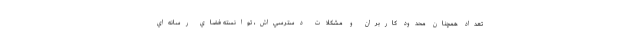
تعداد همچنان محدود كاربران و مشكلات دسترسي‌اش، توانسته فضاي رسانه‌اي